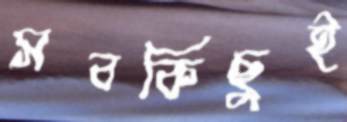
সবকিছুই